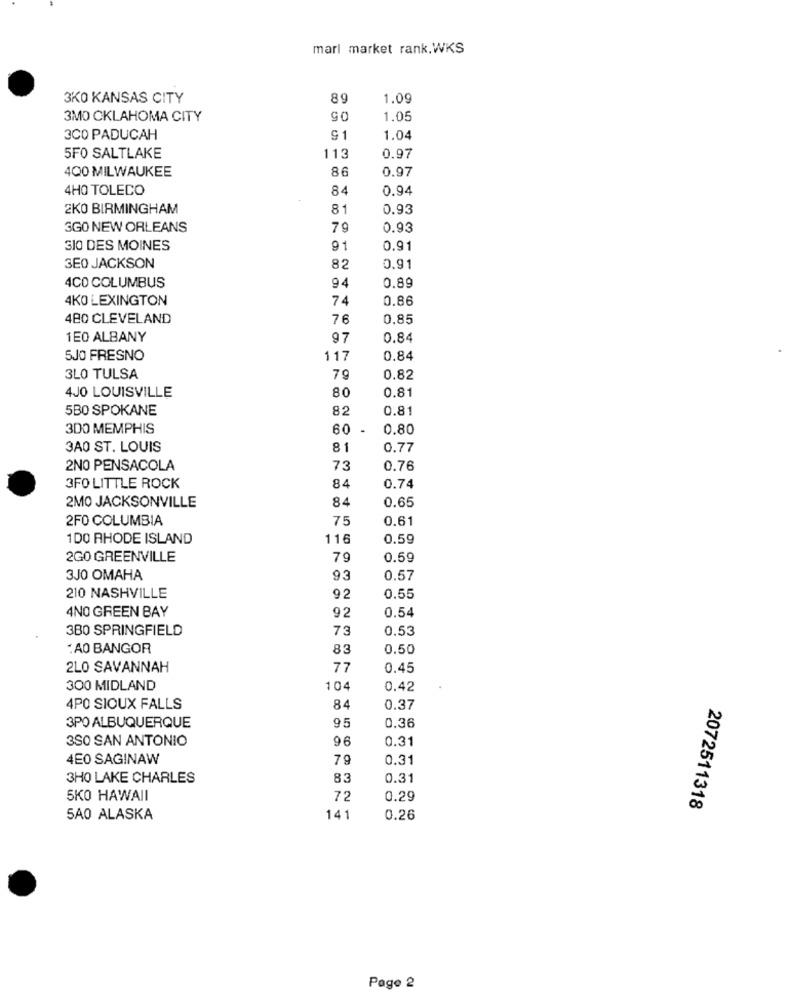
marl market rank.WKS
3KO KANSAS CITY
89
1.09
3MO CKLAHOMA CITY
90
1.05
3C0 PADUCAH
91
1.04
0.97
5FO SALTLAKE
113
400 MILWAUKEE
86
0.97
4HO TOLECO
84
0.94
2KO BIRMINGHAM
81
0.93
SGO NEW ORLEANS
79
0.93
3IO DES MOINES
91
0.91
3EO JACKSON
82
0.91
0.89
4CO COLUMBUS
94
4KO LEXINGTON
74
0.86
480 CLEVELAND
76
0,85
1EO ALBANY
97
0.84
5JO FRESNO
117
0.84
3LO TULSA
79
0.82
4JO LOUISVILLE
0.81
80
5BO SPOKANE
82
0.81
3DO MEMPHIS
60
0.80
3A0 ST. LOUIS
81
0.77
2NO PENSACOLA
73
0.76
3FO LITTLE ROCK
84
0.74
2MO JACKSONVILLE
84
0.65
2F0 COLUMBIA
75
0,61
1DO RHODE ISLAND
116
0.59
2GO GREENVILLE
79
0.59
3JO OMAHA
93
0.57
210 NASHVILLE
92
0.55
4NO GREEN BAY
92
0.54
3B0 SPRINGFIELD
73
0.53
: AO BANGOR
83
0.50
2LO SAVANNAH
77
0.45
300 MIDLAND
104
0.42
4PO SIOUX FALLS
84
0.37
95
3PO ALBUQUERQUE
0.36
3SO SAN ANTONIO
96
0.31
4E0 SAGINAW
79
0.31
3HO LAKE CHARLES
83
0.31
SKO HAWAII
72
0.29
2072511318
5A0 ALASKA
141
0.26
Page 2